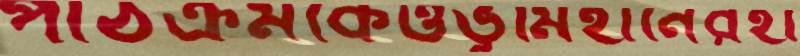
পাঠক্রমকেওভূমিহীনেরহা